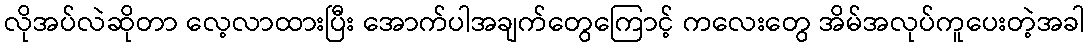
လိုအပ်လဲဆိုတာ လေ့လာထားပြီး အောက်ပါအချက်တွေကြောင့် ကလေးတွေ အိမ်အလုပ်ကူပေးတဲ့အခါ